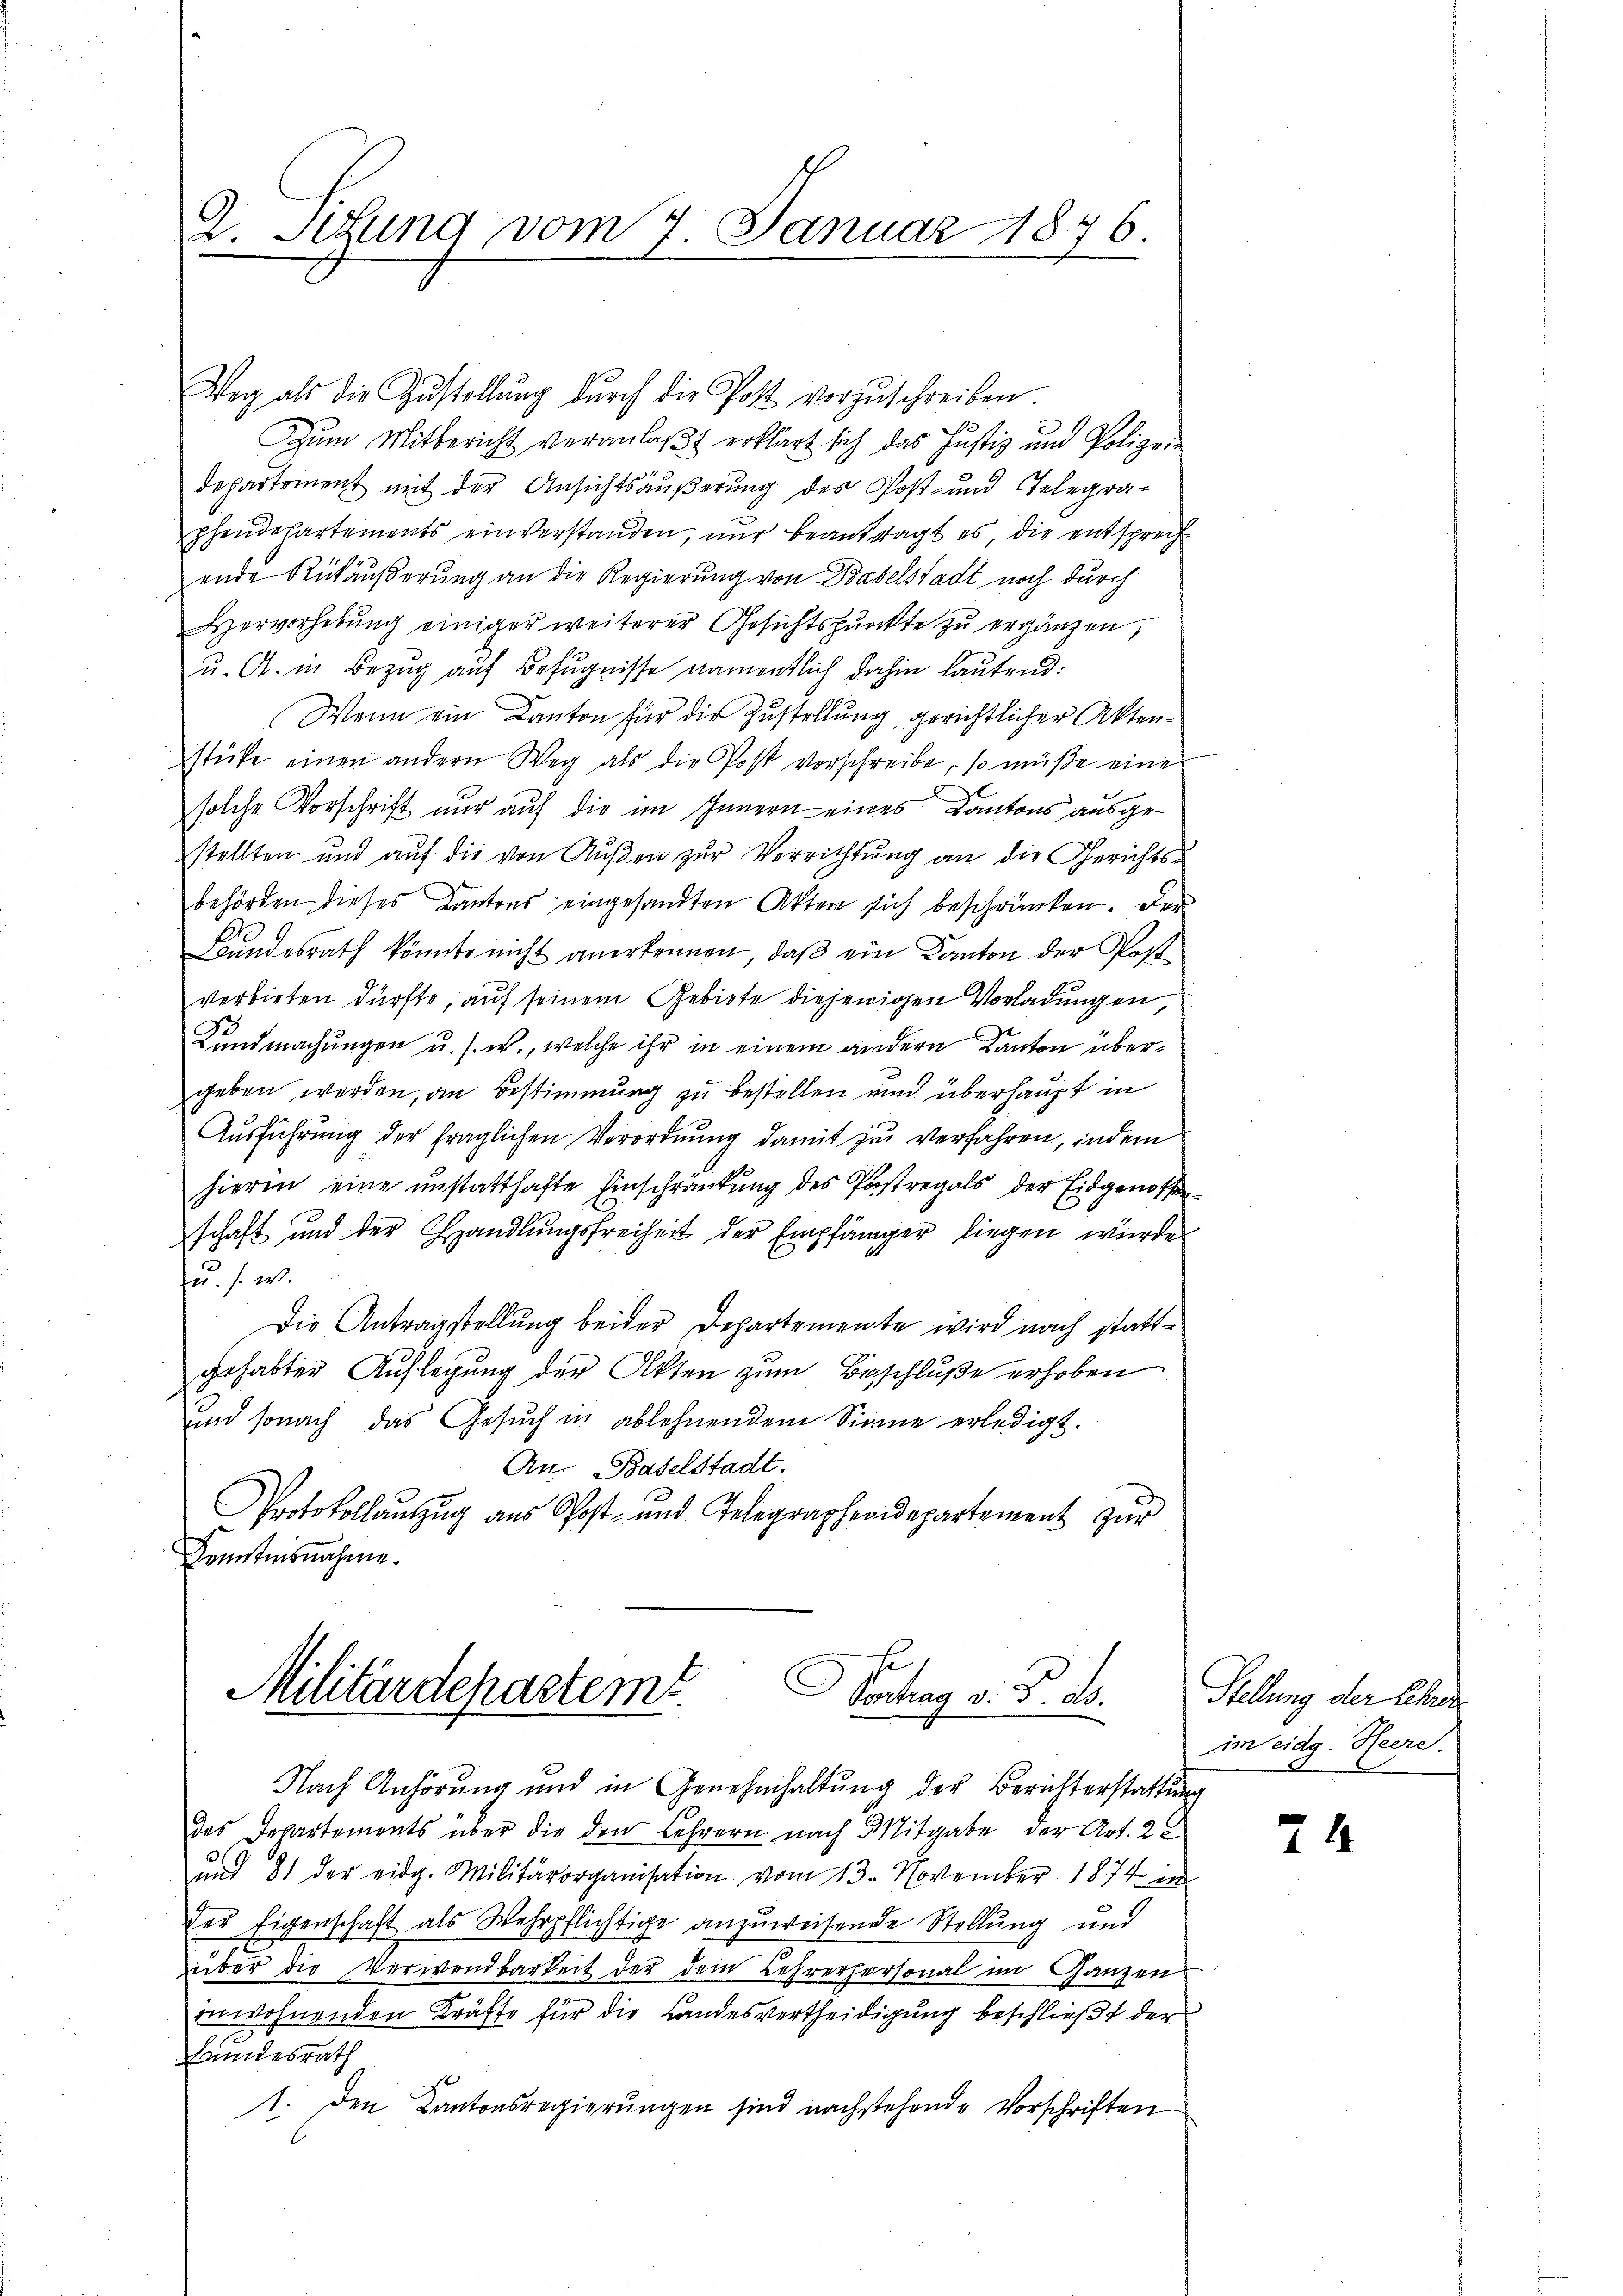
D. Sitzung vom 7. Januar 1876.

Weg als die Zŭstellŭng dŭrch die Post vorzŭschreiben.
Zum Mitbericht veranlaßt erklärt sich das Justiz und Polizei-
Departement mit der Ansichtsäußerung des Post- und Telegraphendepartements einverstanden, nur beantragt es, die entsprechende Rückäußerung an die Regierung von Baselstadt noch durch
Hervorhebung einiger weiterer Gesichtspunkte zu ergänzen,
u. A. in Bezug auf Befugnisse namentlich dahin lautend.
Wenn ein Kanton für die Zustellung gerichtlicher Aktenstüke einen andern Weg als die Post vorschreibe, so müße eine
solche Vorschrift nur auf die im Innern eines Kantons ausgestellten und auf die von Außen zur Verrichtung an die Gerichts-
behörden dieses Kantons eingesandten Akten sich beschränken. Der
Bundesrath könnte nicht anerkennen, daß ein Kanton der Post
verbieten dürfte, auf seinem Gebiete diejenigen Vorladungen,
Kundmachungen u. s. w., welche ihr in einem andern Kanton übergeben werden, an Bestimmung zu bestellen und überhaupt in
Ausführung der fraglichen Verordnung damit zu verfahren, indem
hieren eine unstatthafte Einschränkung des Postregals der Eidgenossenschaft und der Handlungsfreiheit der Empfänger liegen wurde
u. s. w.
Die Antragstellung beider Departemente wird nach stattgehabter Auflegung der Akten zum Beschluße erhoben
und sonach das Gesŭch in ablehnendem Sinne erledigt.
An Baselstadt.
Protokollauszug aus Post- und Telegraphendepartement zur
Kenntnisnahme.

.
Militärdepartem
Sontag v. 3. ds.

Nach Anhörung und in Genehmhaltung der Berichterstattung
das Departements über die den Lehrern nach Mitgabe der Art. 2
und 81 der eidg. Militärorganisation vom 13. November 1874 in
Der Eigenschaft als Wehrpflichtige anzuweisende Stellung und
über die Verwendbarkeit der dem Lehrerpersonal im Ganzen
inwohnenden Kräfte für die Landesvertheidigung beschließt der
Leundesrath
1. Den Kantonsregierŭngen sind nachstehende Vorschriften

Stellung der Lehren
im eidg. Heere.

21